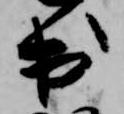
出